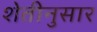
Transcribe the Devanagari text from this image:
शेतीनुसार